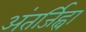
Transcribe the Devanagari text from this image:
अंतर्जिह्वा